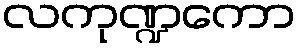
လကုဏ္ဍကော